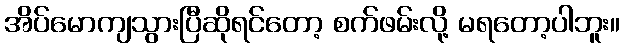
အိပ်မောကျသွားပြီဆိုရင်တော့ စက်ဖမ်းလို့ မရတော့ပါဘူး။